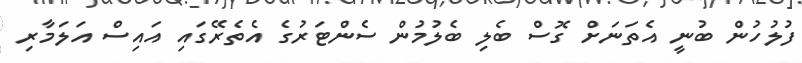
ފުލުހުން ބުނީ އެތަނަށް ގޮސް ބެލި ބެލުމުން ސެންޓަރުގެ އެތެރޭގައި އައިސް އަލަމާރި